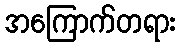
အကြောက်တရား